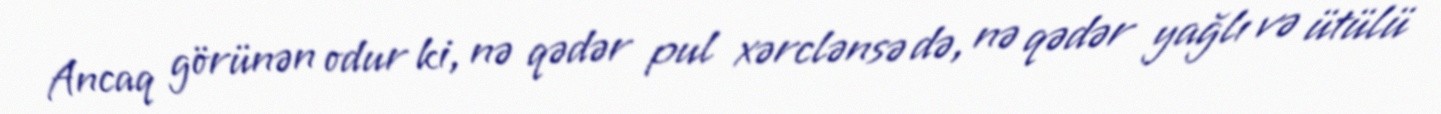
Ancaq görünən odur ki, nə qədər pul xərclənsə də, nə qədər yağlı və ütülü